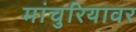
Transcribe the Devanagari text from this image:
मांचुरियावर